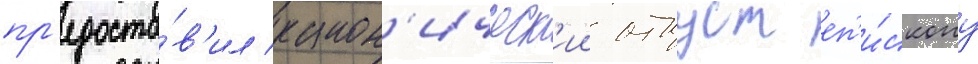
пр'едоста́в'ил канон'ическ'ии отпуст еп'и́скопу